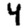
Digit: 4